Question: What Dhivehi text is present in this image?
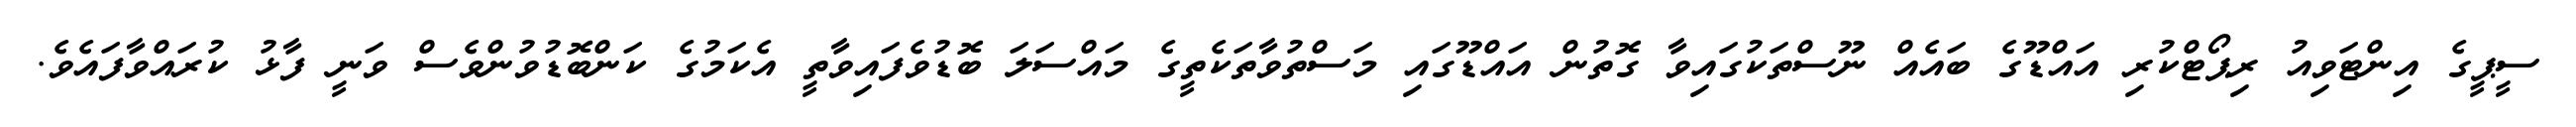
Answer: ސީޕީގެ އިންޓަވިއު ރިޕޯޓްކުރި އައްޑޫގެ ބައެއް ނޫސްތަކުގައިވާ ގޮތުން އައްޑޫގައި މަސްތުވާތަކެތީގެ މައްސަލަ ބޮޑުވެފައިވާތީ އެކަމުގެ ކަންބޮޑުވުންވެސް ވަނީ ފާޅު ކުރައްވާފައެވެ.